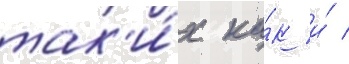
так'и́х ка́к и́ /